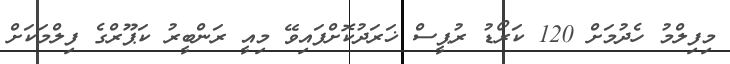
މިފިލްމު ހެދުމަށް 120 ކަރޯޑު ރުޕީސް ޚަރަދުކޮށްފައިވޭ މިއީ ރަންބީރު ކަޕޫރްގެ ފިލްމަކަށް